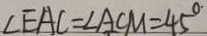
\angle E A C = \angle A C M = 4 5 ^ { \circ \cdot }